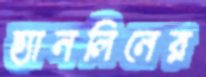
হ্যানলিনের